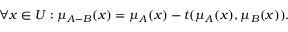
\forall x \in { U } : \mu _ { A - { B } } ( x ) = \mu _ { A } ( x ) - t ( \mu _ { A } ( x ) , \mu _ { B } ( x ) ) .